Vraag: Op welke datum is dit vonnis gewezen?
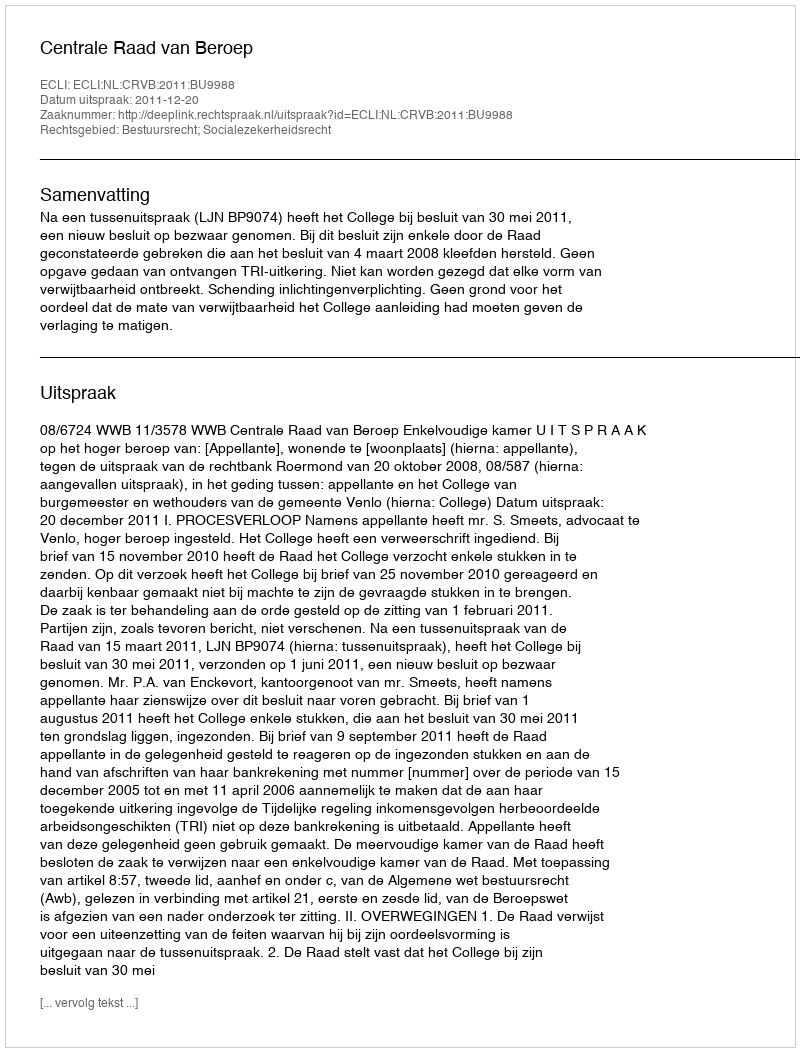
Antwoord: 2011-12-20